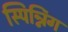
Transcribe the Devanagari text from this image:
स्पिन्निंग